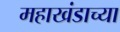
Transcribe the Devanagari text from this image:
महाखंडाच्या